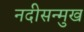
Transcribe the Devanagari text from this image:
नदीसन्मुख